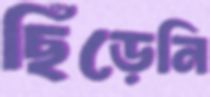
ছিঁড়েনি